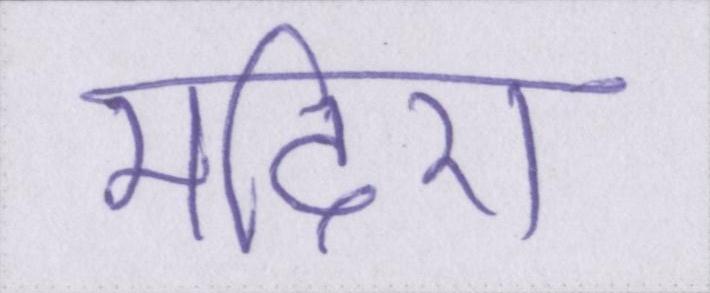
मदिरा